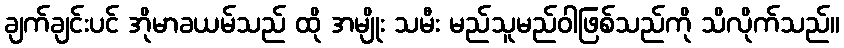
ချက်ချင်းပင် အိုမာခယမ်သည် ထို အမျိုး သမီး မည်သူမည်ဝါဖြစ်သည်ကို သိလိုက်သည်။